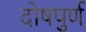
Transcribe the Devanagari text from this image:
दोषपुर्ण